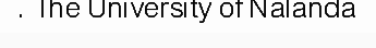
. The University of Nalanda